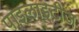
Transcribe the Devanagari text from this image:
पाइलाइटीज